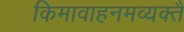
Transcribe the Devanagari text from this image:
किमावाहनमव्यक्तै